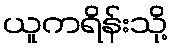
ယူကရိန်းသို့